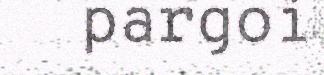
pargoi